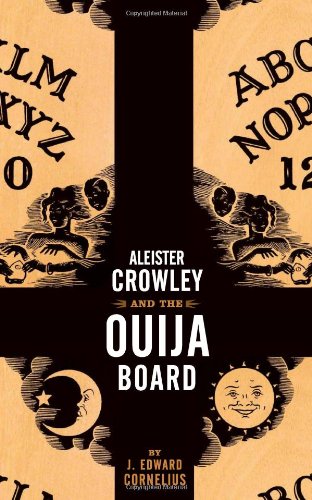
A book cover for Aleister Crowley and the Ouija Board; J. Edward Cornelius; Humor & Entertainment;